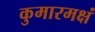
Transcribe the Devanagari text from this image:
कुमारमक्षं